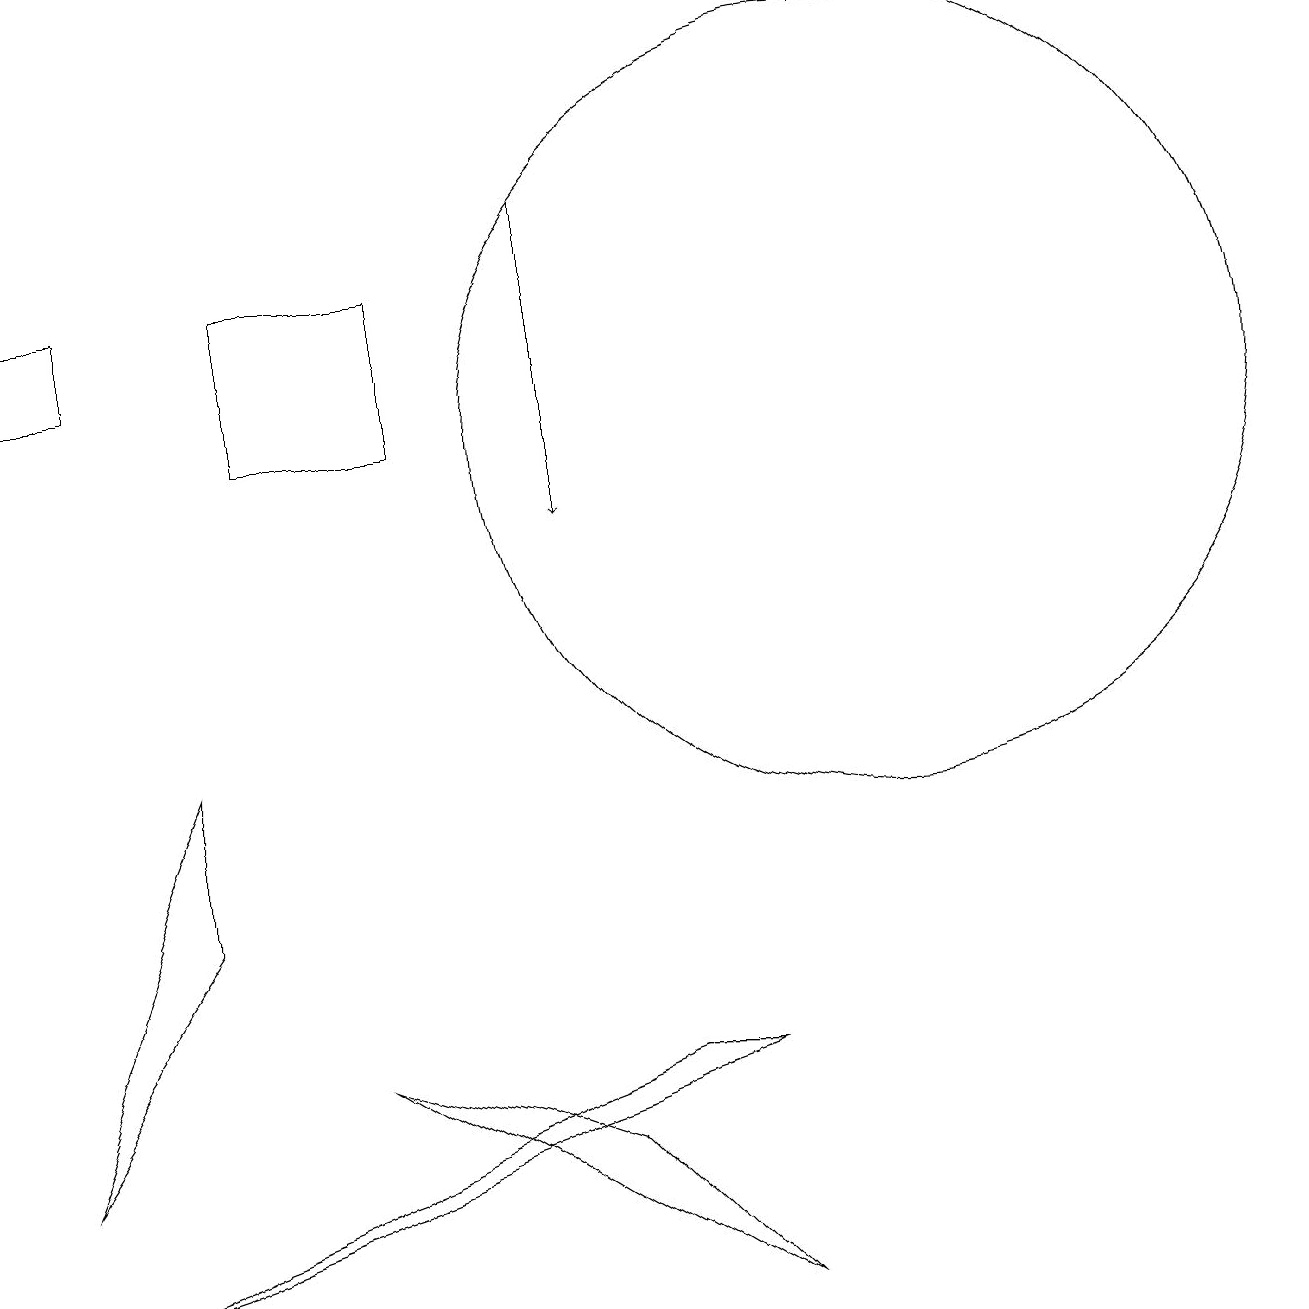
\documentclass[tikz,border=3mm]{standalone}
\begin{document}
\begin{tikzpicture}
\draw (5,13) rectangle (3,11);
\draw (0,2) -- (2,5) -- (2,7) -- cycle;
\draw (1,13) rectangle (0,12);
\draw (7,2) -- (9,0) -- (4,3) -- cycle;
\draw (9,3) -- (8,3) -- (0,0) -- cycle;
\draw[->] (7,14) -- (7,10);
\draw (11,11) circle (5);
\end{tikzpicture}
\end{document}